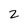
Character: 2